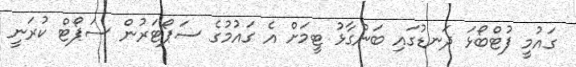
ގައުމީ ފުޓްބޯޅަ ދަނޑުގައި ބަންގާޅު ޓީމަށް އެ ގައުމުގެ ސަޕޯޓަރުން ސަޕޯޓް ކުރަނީ